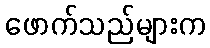
ဖောက်သည်များက